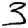
Digit: 3